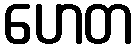
ဟေတ